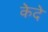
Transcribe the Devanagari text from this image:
केदे